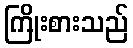
ကြိုးစားသည်